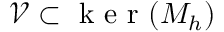
\mathcal { V } \subset \mathrm { ~ k ~ e ~ r ~ } ( M _ { h } )